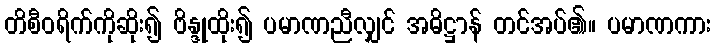
တိစီဝရိက်ကိုဆိုး၍ ဗိန္ဒုထိုး၍ ပမာဏညီလျှင် အဓိဋ္ဌာန် တင်အပ်၏။ ပမာဏကား